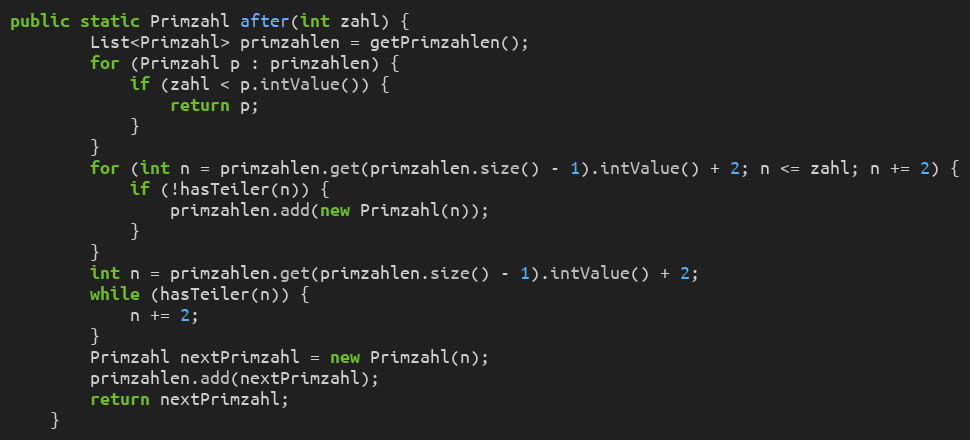
Language: Java
public static Primzahl after(int zahl) {
        List<Primzahl> primzahlen = getPrimzahlen();
        for (Primzahl p : primzahlen) {
            if (zahl < p.intValue()) {
                return p;
            }
        }
        for (int n = primzahlen.get(primzahlen.size() - 1).intValue() + 2; n <= zahl; n += 2) {
            if (!hasTeiler(n)) {
                primzahlen.add(new Primzahl(n));
            }
        }
        int n = primzahlen.get(primzahlen.size() - 1).intValue() + 2;
        while (hasTeiler(n)) {
            n += 2;
        }
        Primzahl nextPrimzahl = new Primzahl(n);
        primzahlen.add(nextPrimzahl);
        return nextPrimzahl;
    }